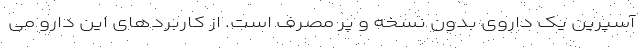
آسپرین یک داروی بدون نسخه و پر مصرف است. از کاربردهای این دارو می